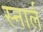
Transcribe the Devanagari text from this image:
स्नार्ल